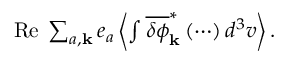
\begin{array} { r } { \mathrm { R e } \; \sum _ { a , { \bf k } } e _ { a } \left\langle \int \overline { { \delta \phi } } _ { \bf k } ^ { \ast } \left( \cdots \right) d ^ { 3 } v \right\rangle . } \end{array}